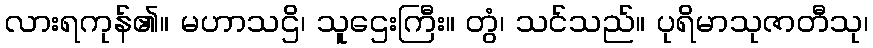
လားရကုန်၏။ မဟာသဌိ၊ သူဌေးကြီး။ တွံ၊ သင်သည်။ ပုရိမာသုဇာတီသု၊